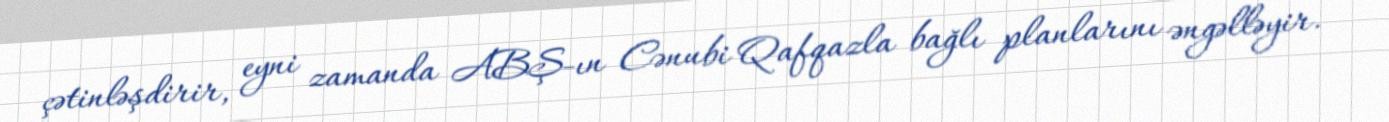
çətinləşdirir, eyni zamanda ABŞ-ın Cənubi Qafqazla bağlı planlarını əngəlləyir.